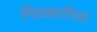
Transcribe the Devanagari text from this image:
मिळकतीच्या